Note on the mental hospitals in Burma - 1925-1940
Year: 1925
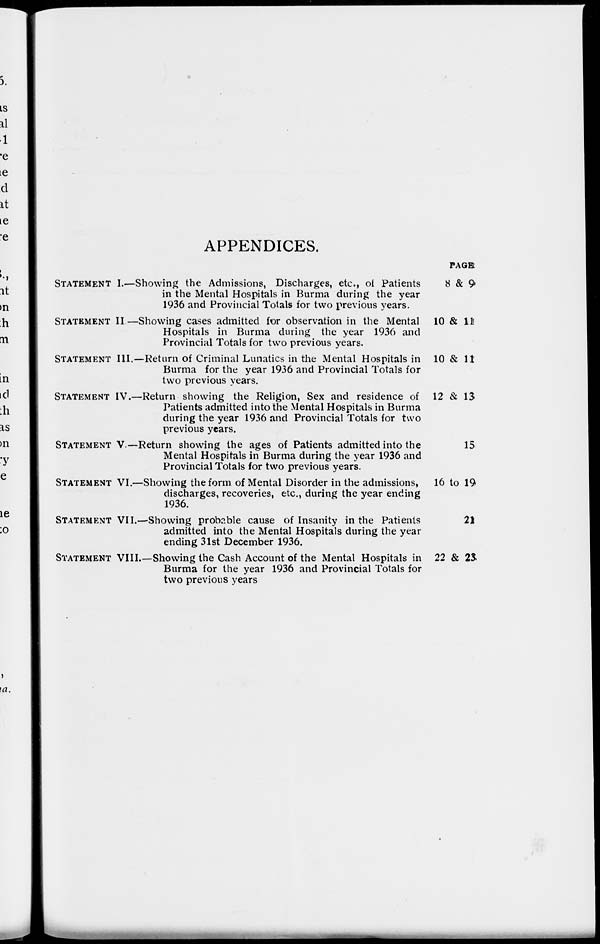
APPENDICES.
STATEMENT I.—Showing the Admissions, Discharges, etc., of Patients
in the Mental Hospitals in Burma during the year
1936 and Provincial Totals for two previous years.
STATEMENT II—Showing cases admitted for observation in the Mental
Hospitals in Burma during the year 1936 and
Provincial Totals for two previous years.
STATEMENT III.—Return of Criminal Lunatics in the Mental Hospitals in
Burma for the year 1936 and Provincial Totals for
two previous years.
STATEMENT IV.—Return showing the Religion, Sex and residence of
Patients admitted into the Mental Hospitals in Burma
during the year 1936 and Provincial Totals for two
previous years.
STATEMENT V.—Return showing the ages of Patients admitted into the
Mental Hospitals in Burma during the year 1936 and
Provincial Totals for two previous years.
STATEMENT VI.—Showing the form of Mental Disorder in the admissions,
discharges, recoveries, etc., during the year ending
1936.
STATEMENT VII.—Showing probable cause of Insanity in the Patients
admitted into the Mental Hospitals during the year
ending 31st December 1936.
STATEMENT VIII.—Showing the Cash Account of the Mental Hospitals in
Burma for the year 1936 and Provincial Totals for
two previous years
PAGE
8 & 9
10 & 11
10 & 11
12 & 13
15
16 to 19
21
22 & 23.